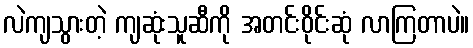
လဲကျသွားတဲ့ ကျဆုံးသူဆီကို အတင်းဝိုင်းဆုံ လာကြတာပဲ။